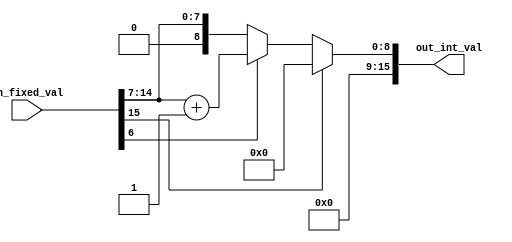
// Module for converting 1.8.7 fixed-point number to unsigned integer.

// If input is negative, 0 will be returned.
// If fractional part is 0.5 or greater, value will be rounded-up.
// Otherwise, integer component is returned as-is

// Logic is not clocked.
// Tested as of 03/30/2012

// Inputs:
// in_fixel_val - 1.8.7 fixed-point value to convert

// Outputs:
// out_fixed_val - wire to hold 16-bit unsigned int value
module FixedToUnsignedInt(in_fixed_val, out_int_val);

	// input/output declarations
	input [15:0] in_fixed_val;
	output [15:0] out_int_val;
	
	// if-else statements using ? : operator
	assign out_int_val = 	// negative, so set to lowest possible unsigned value
							(in_fixed_val[15] == 1'b1) ? (16'b0) :
							// 0.5 or greater fraction, so round-up
							(in_fixed_val[6] == 1'b1) ? ((in_fixed_val[14:7]) + 1'b1) :
							// regular, so just return int portion
							(in_fixed_val[14:7]);


endmodule